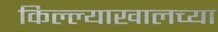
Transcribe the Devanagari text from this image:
किल्ल्याखालच्या